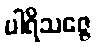
ပါရိသဇ္ဇေ